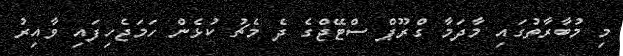
މި މުބާރާތުގައި މާދަމާ ގްރޫޕް ސްޓޭޖްގެ ދެ މެޗު ކުޅެން ހަމަޖެހިފައި ވާއިރު